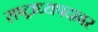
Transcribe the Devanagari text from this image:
राष्ट्राध्यपदावर